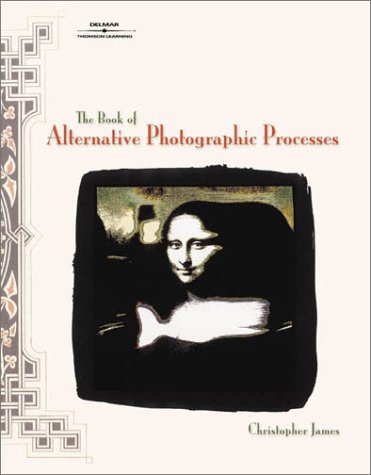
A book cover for The Book of Alternative Photographic Processes; Christopher James; Arts & Photography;